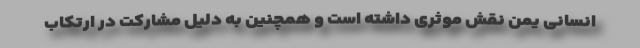
انسانی یمن نقش موثری داشته‌ است و همچنین به دلیل مشارکت در ارتکاب